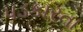
પડકારતા